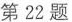
第22题